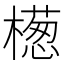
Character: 檧